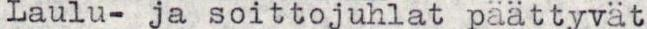
Laulu- ja soittojuhlat päättyvät